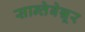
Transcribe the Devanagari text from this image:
सान्तेबेन्नूर